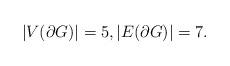
LaTeX: \begin{align*}|V(\partial G)| = 5, |E(\partial G)| = 7.\end{align*}